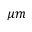
\mu m